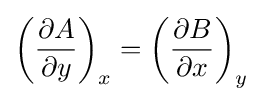
\left({\frac {\partial A}{\partial y}}\right)_{x}=\left({\frac {\partial B}{\partial x}}\right)_{y}